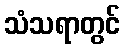
သံသရာတွင်